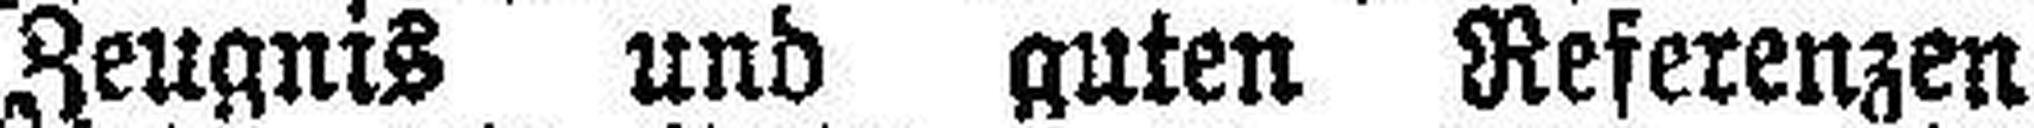
Zeugnis und guten Referenzen